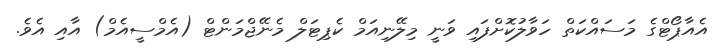
އެއާޕޯޓްގެ މަސައްކަތް ހަވާލުކޮށްފައި ވަނީ މިލޭނިއަމް ކެޕިޓަލް މެނޭޖްމަންޓް (އެމްސީއެމް) އާއި އެވެ.